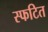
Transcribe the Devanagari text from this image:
स्फटित